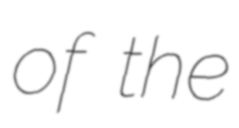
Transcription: of the